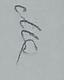
Signature authenticity: genuine